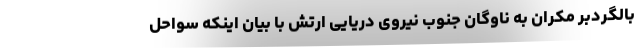
بالگردبر مکران به ناوگان جنوب نیروی دریایی ارتش با بیان اینکه سواحل